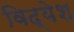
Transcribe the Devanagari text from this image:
विद्येश